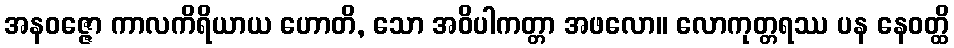
အနဝဇ္ဇော ကာလကိရိယာယ ဟောတိ, သော အဝိပါကတ္တာ အဖလော။ လောကုတ္တရဿ ပန နေဝတ္ထိ